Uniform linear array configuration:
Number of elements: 4
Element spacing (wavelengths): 1
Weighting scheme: kaiser
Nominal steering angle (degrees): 30
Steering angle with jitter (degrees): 30.637
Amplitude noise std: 0.05
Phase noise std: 0.05

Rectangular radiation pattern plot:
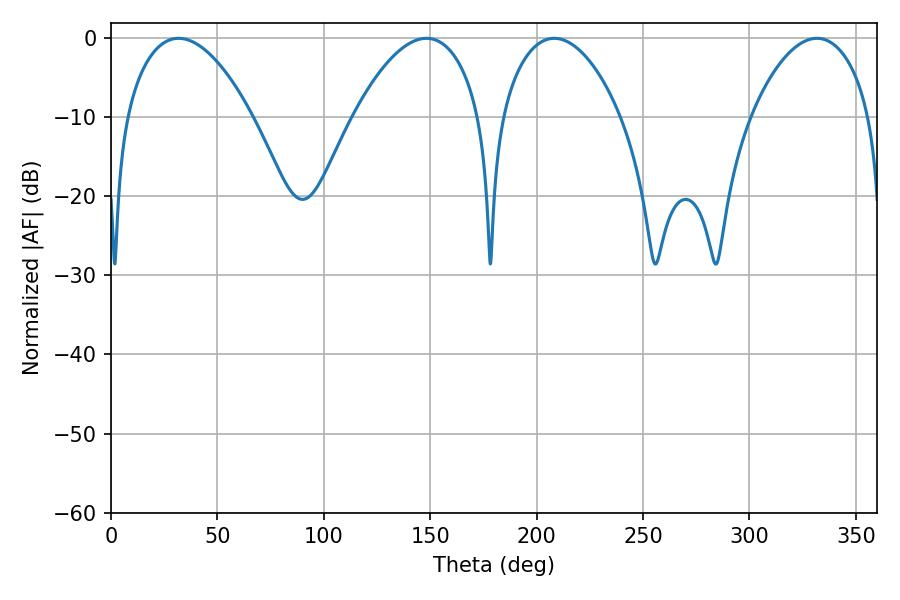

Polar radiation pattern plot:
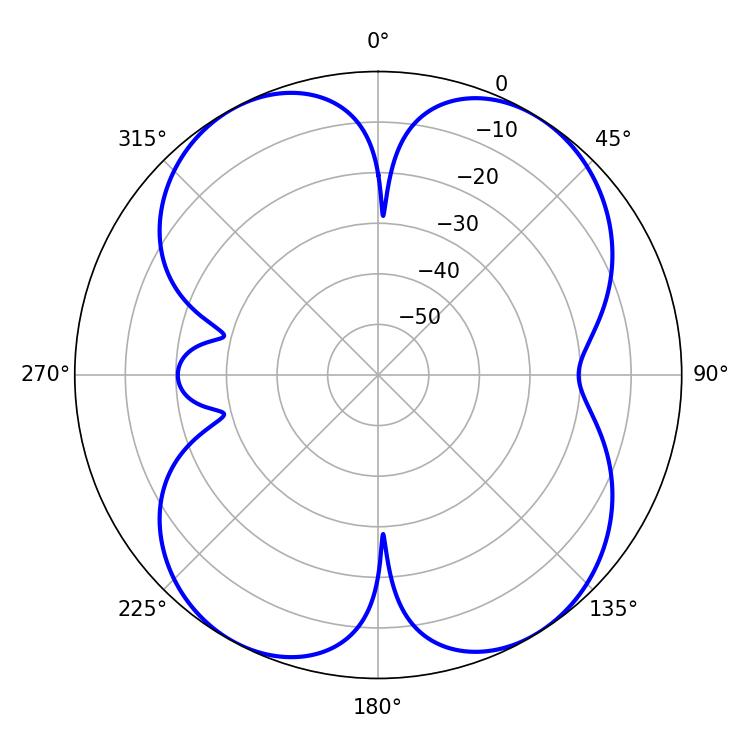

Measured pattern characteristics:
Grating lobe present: TRUE
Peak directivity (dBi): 12.446
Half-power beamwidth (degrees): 31.5
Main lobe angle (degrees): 208.26